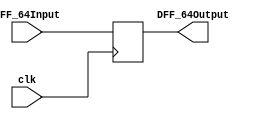
`timescale 1ns / 1ps
//////////////////////////////////////////////////////////////////////////////////
// Aryan Mehrotra
// 
// Module Name: DFF_32bit
// Description: D Flip-Flop which supports 64-bit values
// Project Name: Final Project
//////////////////////////////////////////////////////////////////////////////////


module DFF_64bit(DFF_64Input, clk, DFF_64Output);
    
    input[31:0] DFF_64Input;
    output reg[31:0] DFF_64Output;
    input clk;

    always @(posedge clk) begin 
       DFF_64Output = DFF_64Input; 
    end
endmodule